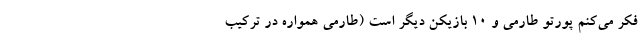
فکر می‌کنم پورتو طارمی و ۱۰ بازیکن دیگر است (طارمی همواره در ترکیب